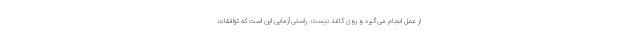
از عمل انجام می‌گیرد و روی کاغذ نیست. راستی‌آزمایی این است که توافقات